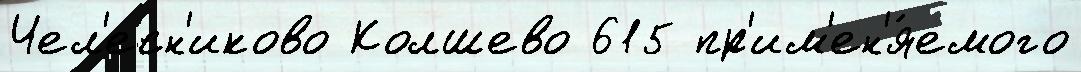
Чел'есн'иково Колшево 615 пр'им'ен'я́емого